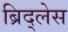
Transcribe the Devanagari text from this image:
ब्रिद्लेस